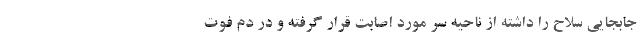
جابجایی سلاح را داشته از ناحیه سر مورد اصابت قرار گرفته و در دم فوت